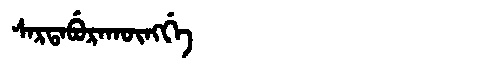
Manchu: ᠰᠠᡵᡨᠠᠪᡠᡵᠠᡴᡡᠩᡤᡝ
Romanization: SARTABURAKŪNGGE